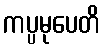
ကပ္ပမုပေတိ